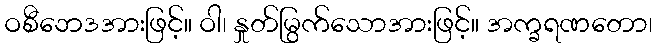
ဝစီဘေဒအားဖြင့်။ ဝါ၊ နှုတ်မြွက်သောအားဖြင့်။ အက္ခရဏတော၊